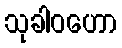
သုခါဝဟော